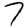
Digit: 7